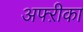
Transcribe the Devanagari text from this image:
अफ्ऱीका